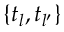
\{ t _ { l } , t _ { l ^ { \prime } } \}